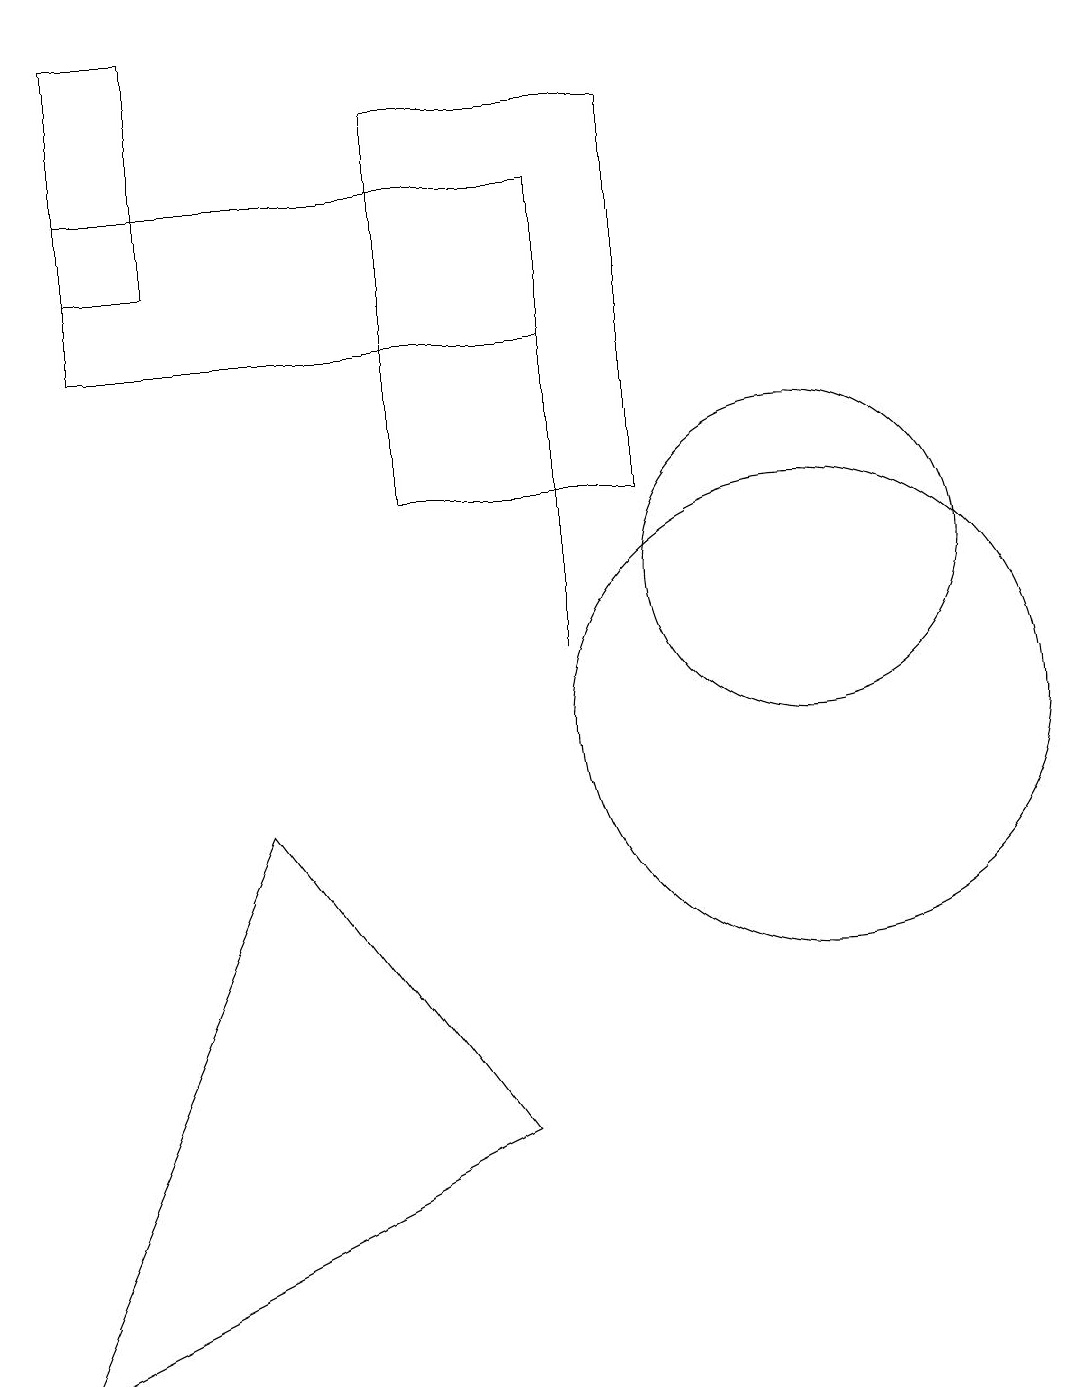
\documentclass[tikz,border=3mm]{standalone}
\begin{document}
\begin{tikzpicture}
\draw (11,12) circle (2);
\draw (6,13) rectangle (9,18);
\draw (2,15) rectangle (8,17);
\draw (11,10) circle (3);
\draw (8,11) rectangle (8,15);
\draw (1,2) -- (7,5) -- (4,9) -- cycle;
\draw (3,19) rectangle (2,16);
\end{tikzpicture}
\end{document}